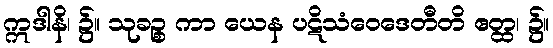
ဣဒါနိ၊ ၌။ သုခဉ္စ ကာ ယေန ပဋိသံဝေဒေတီတိ ဧတ္ထ၊ ၌။